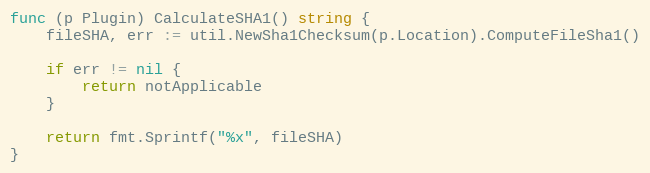
Language: Go
func (p Plugin) CalculateSHA1() string {
	fileSHA, err := util.NewSha1Checksum(p.Location).ComputeFileSha1()

	if err != nil {
		return notApplicable
	}

	return fmt.Sprintf("%x", fileSHA)
}